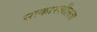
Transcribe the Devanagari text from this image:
सत्कारशीलता